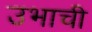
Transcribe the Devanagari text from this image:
उभाची